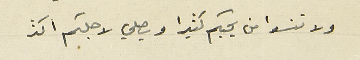
ولا تنسوا من يحبكم كثيرا ويصلي لاجلكم اكثر